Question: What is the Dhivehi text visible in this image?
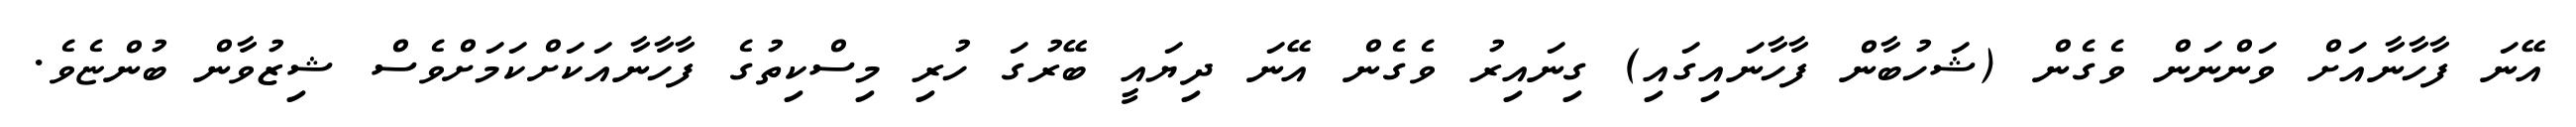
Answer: އޭނަ ފާހާނާއަށް ވަންނަން ވެގެން (ޝަހުބާން ފާހާނައިގައި) ގިނައިރު ވެގެން އޭނަ ދިޔައީ ބޭރުގަ ހުރި މިސްކިތުގެ ފާހާނާއަކަށްކަމަށްވެސް ޝިޒުވާން ބުންޏެވެ.